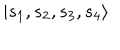
| { s _ { 1 } , s _ { 2 } , s _ { 3 } , s _ { 4 } } \rangle